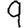
Digit: 9